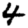
Digit: 4